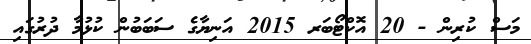
މަސް ކުރިން - 20 އޮކްޓޯބަރ 2015 އަނިޔާގެ ސަބަބުން ކުޅުމާ ދުރުގައި